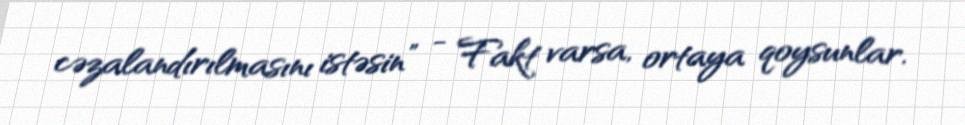
cəzalandırılmasını istəsin” - Fakt varsa, ortaya qoysunlar.